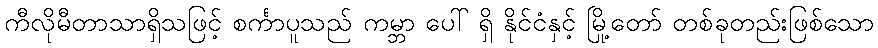
ကီလိုမီတာသာရှိသဖြင့် စင်္ကာပူသည် ကမ္ဘာ ပေါ် ရှိ နိုင်ငံနှင့် မြို့တော် တစ်ခုတည်းဖြစ်သော